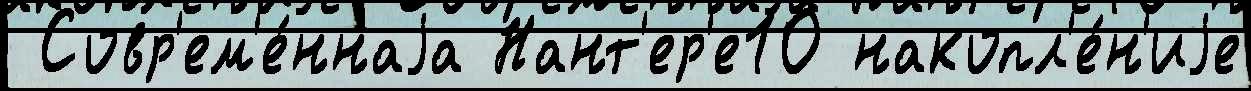
 Совр'ем'е́ннаjа Нант'ер'е10 накопл'е́н'иjе